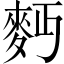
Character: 麪